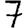
Digit: 7